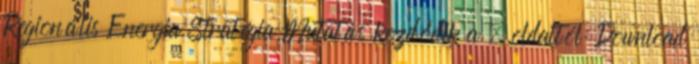
Regionális Energia Stratégia Mutatás kezdődik a . oldaltól: Download